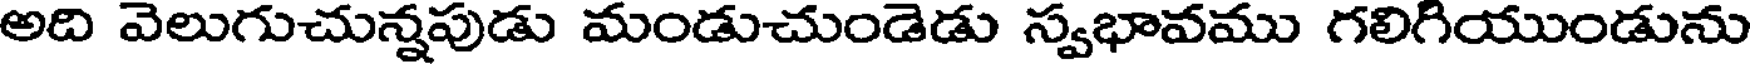
అది వెలుగుచున్నపుడు మండుచుండెడు స్వభావము గలిగియుండును